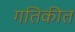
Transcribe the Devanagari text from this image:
गतिकीत